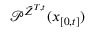
\mathcal { P } ^ { \tilde { Z } ^ { T , t } } ( x _ { [ 0 , t ] } )